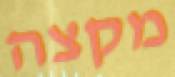
מקצה